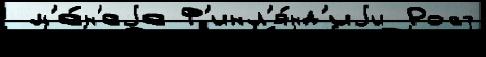
 м'е́н'еjе Ф'инл'я́нд'иjи Рост